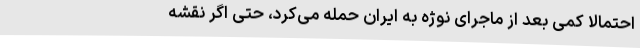
احتمالا کمی بعد از ماجرای نوژه به ایران حمله می‌کرد، حتی اگر نقشه